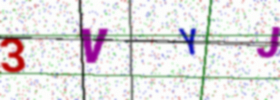
Text: 3VYJ